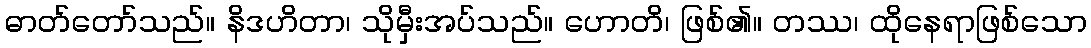
ဓာတ်တော်သည်။ နိဒဟိတာ၊ သိုမှီးအပ်သည်။ ဟောတိ၊ ဖြစ်၏။ တဿ၊ ထိုနေရာဖြစ်သော